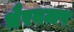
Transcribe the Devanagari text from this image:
भैरवजप